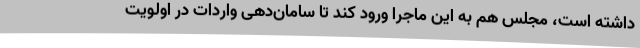
داشته است، مجلس هم به این ماجرا ورود کند تا سامان‌دهی واردات در اولویت